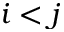
i < j